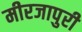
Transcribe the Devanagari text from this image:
मीरजापुरी